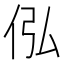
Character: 𪜴